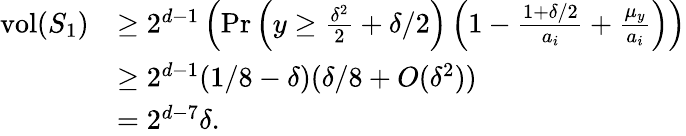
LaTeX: \begin{array}{rl}{\mathrm{vol}(S_{1})}&{\ge 2^{d-1}\left(\operatorname*{Pr}\left(y\ge\frac{\delta^{2}}{2}+\delta/2\right)\left(1-\frac{1+\delta/2}{a_{i}}+\frac{\mu_{y}}{a_{i}}\right)\right)}\\ &{\ge 2^{d-1}(1/8-\delta)(\delta/8+O(\delta^{2}))}\\ &{=2^{d-7}\delta.}\end{array}